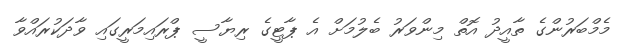
މެމްބަރުންގެ ތާއީދު އޮތް މިންވަރު ބެލުމަށް އެ ޕާޓީގެ ރިޔާސީ ޕްރައިމަރީގައި ވާދަކުރައްވާ